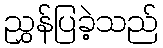
ညွှန်ပြခဲ့သည်